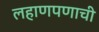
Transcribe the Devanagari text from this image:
लहाणपणाची